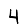
Digit: 4